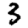
Digit: 3